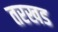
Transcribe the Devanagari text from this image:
तरखड